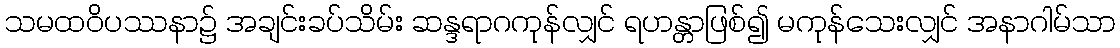
သမထဝိပဿနာ၌ အချင်းခပ်သိမ်း ဆန္ဒရာဂကုန်လျှင် ရဟန္တာဖြစ်၍ မကုန်သေးလျှင် အနာဂါမ်သာ